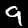
Digit: 9